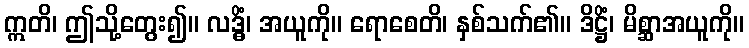
ဣတိ၊ ဤသို့တွေး၍။ လဒ္ဓိံ၊ အယူကို။ ရောစေတိ၊ နှစ်သက်၏။ ဒိဋ္ဌိံ၊ မိစ္ဆာအယူကို။